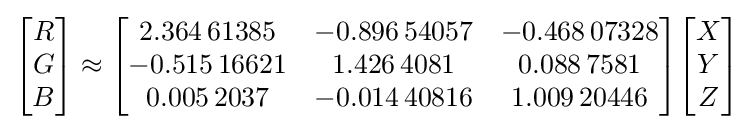
{\begin{bmatrix}R\\G\\B\end{bmatrix}}\approx {\begin{bmatrix}2.364\,61385&-0.896\,54057&-0.468\,07328\\-0.515\,16621&1.426\,4081&0.088\,7581\\0.005\,2037&-0.014\,40816&1.009\,20446\end{bmatrix}}{\begin{bmatrix}X\\Y\\Z\end{bmatrix}}